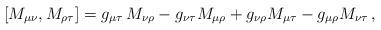
LaTeX: \begin{align*} [M_{\mu\nu} , M_{\rho \tau} ] = g_{\mu\tau} \, M_{\nu\rho} - g_{\nu\tau} M_{\mu\rho} + g_{\nu\rho} M_{\mu\tau} - g_{\mu\rho} M_{\nu\tau} \, ,\end{align*}